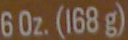
60z.(168g)